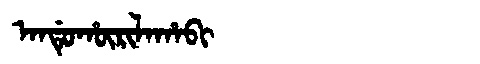
Manchu: ᠠᠨᡩᡠᡥᡡᡵᡳᠯᠠᡥᠠᠪᡳ
Romanization: ANDUHŪRILAHABI